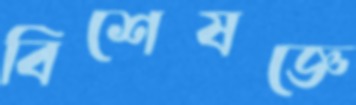
বিশেষজ্ঞে